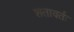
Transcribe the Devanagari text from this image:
शतावर्तः